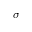
\sigma